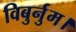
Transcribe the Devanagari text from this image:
विबुर्नुम।